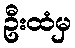
ဦးထံမှ